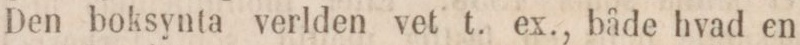
Den boksynta verlden vet t. ex., både hvad en